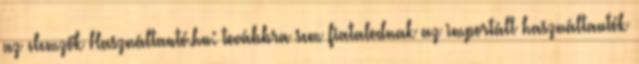
az elemzők Használtautó.hu: továbbra sem fiatalodnak az importált használtautók